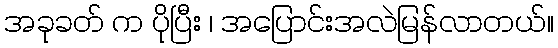
အခုခတ် က ပိုပြီး ၊ အပြောင်းအလဲမြန်လာတယ်။